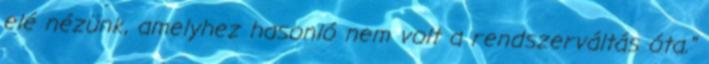
elé nézünk, amelyhez hasonló nem volt a rendszerváltás óta."